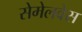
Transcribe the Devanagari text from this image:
सेमेलवेस